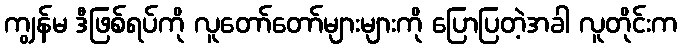
ကျွန်မ ဒီဖြစ်ရပ်ကို လူတော်တော်များများကို ပြောပြတဲ့အခါ လူတိုင်းက